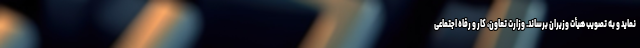
نماید و به تصویب هیأت وزیران برساند. وزارت تعاون، کار و رفاه اجتماعی